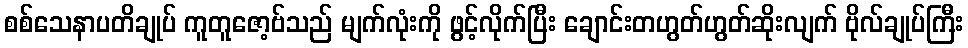
စစ်သေနာပတိချုပ် ကူတူဇော့ဗ်သည် မျက်လုံးကို ဖွင့်လိုက်ပြီး ချောင်းတဟွတ်ဟွတ်ဆိုးလျက် ဗိုလ်ချုပ်ကြီး